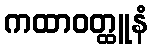
ကထာဝတ္ထူနံ